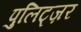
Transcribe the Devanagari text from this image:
पुलिट्ज़र